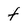
Character: f